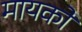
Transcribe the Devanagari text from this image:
मायको